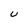
Character: U